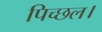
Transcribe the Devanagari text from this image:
पिच्छल।